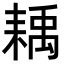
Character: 𦔊